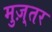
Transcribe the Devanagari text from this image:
मुज़्तर